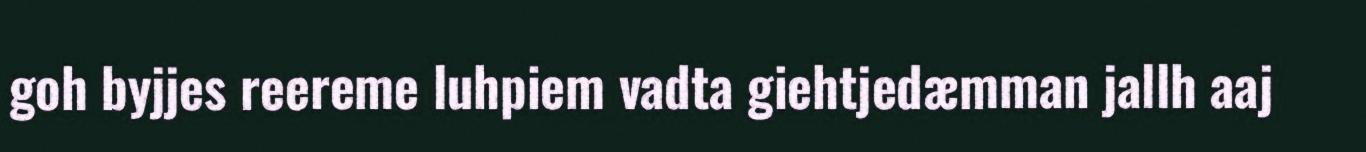
goh byjjes reereme luhpiem vadta giehtjedæmman jallh aaj